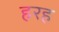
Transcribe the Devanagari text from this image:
हरह